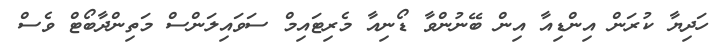
ހަދިޔާ ކުރަން އިންޑިއާ އިން ބޭނުންވާ ޑޯނިއާ މެރިޓައިމް ސަވައިލަންސް މަތިންދާބޯޓް ވެސް